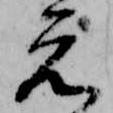
元